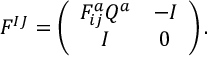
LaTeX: F ^ { I J } = \left( \begin{array} { c c } { { F _ { i j } ^ { a } Q ^ { a } } } & { { - I } } \\ { { I } } & { { 0 } } \end{array} \right) .